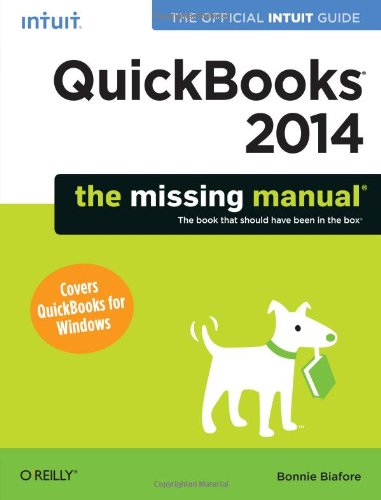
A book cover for QuickBooks 2014: The Missing Manual: The Official Intuit Guide to QuickBooks 2014; Bonnie Biafore; Computers & Technology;